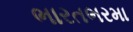
ભારતભરમા